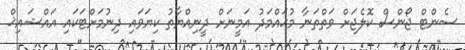
ސެންޓް ޖޯންސް ކޮލެޖަށް ވަތްތަނާ މުޙައްމަދު އަމީނަށް ދީނިއްޔާތު ކިޔަވައި ދިނުމަށްޓަކައި އައްޝައިޚް